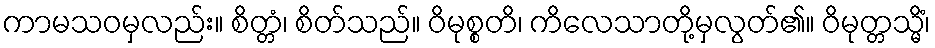
ကာမသဝမှလည်း။ စိတ္တံ၊ စိတ်သည်။ ဝိမုစ္စတိ၊ ကိလေသာတို့မှလွတ်၏။ ဝိမုတ္တသ္မိံ၊